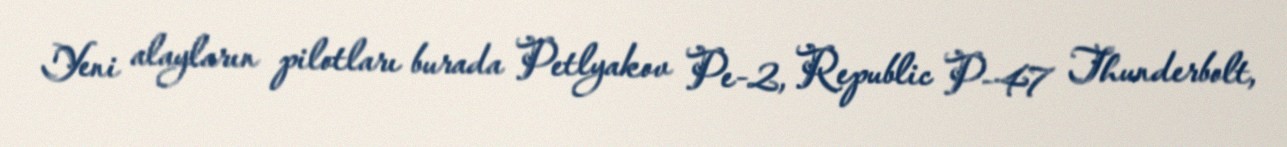
Yeni alayların pilotları burada Petlyakov Pe-2, Republic P-47 Thunderbolt,